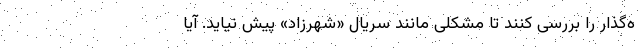
ه‌گذار را بررسی کنند تا مشکلی مانند سریال «شهرزاد» پیش نیاید. آیا